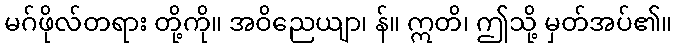
မဂ်ဖိုလ်တရား တို့ကို။ အဝိညေယျာ၊ န်။ ဣတိ၊ ဤသို့ မှတ်အပ်၏။